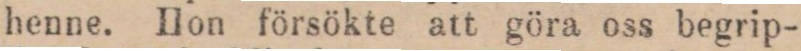
henne. Hon försökte att göra oss begrip-